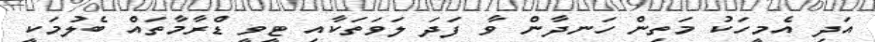
އަދި އެމީހަކު މަތިން ހަނދާން ވާ ފަދަ ލަވަތަކާއި ޓީވީ ޑްރާމާތައް ބެލުމަކީ